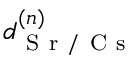
d _ { \mathrm { ~ S ~ r ~ / ~ C ~ s ~ } } ^ { ( n ) }